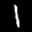
Label: 1